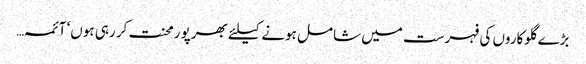
بڑے گلوکاروں کی فہرست میں شامل ہونے کیلئے بھرپو رمحنت کر رہی ہوں‘ آئمہ…